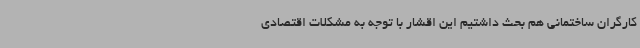
کارگران ساختمانی هم بحث داشتیم این اقشار با توجه به مشکلات اقتصادی